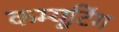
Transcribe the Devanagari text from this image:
कम्यूटिंग